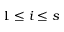
1 \le i \le s